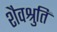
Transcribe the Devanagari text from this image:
शैवश्रुतिं